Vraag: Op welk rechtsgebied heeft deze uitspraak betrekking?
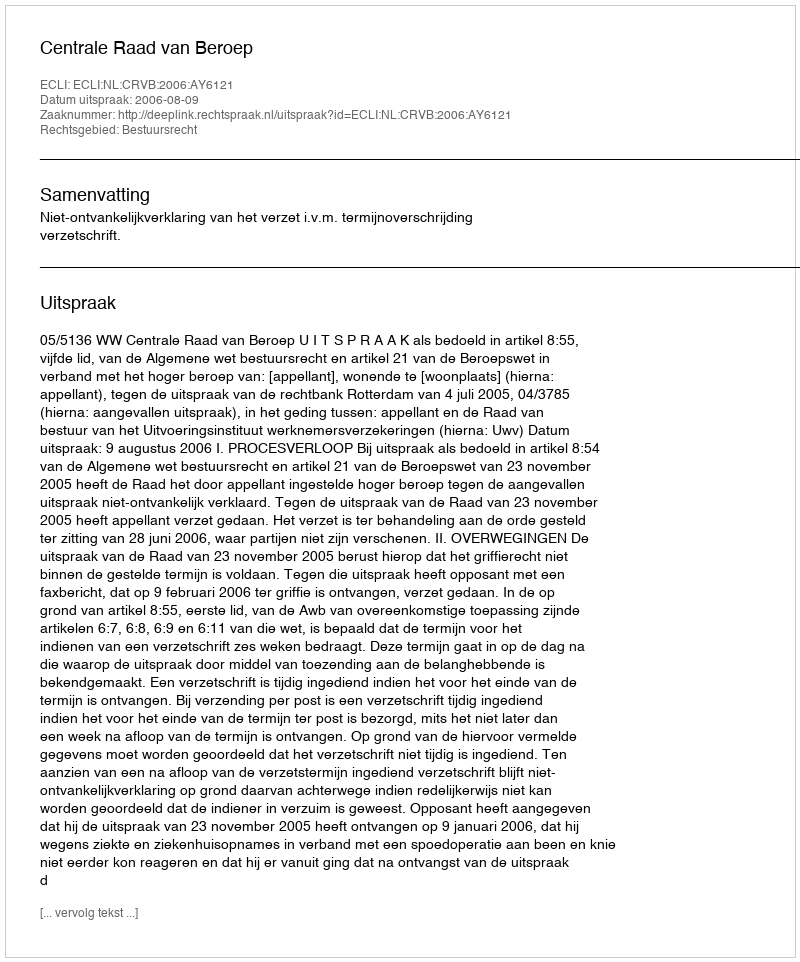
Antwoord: Bestuursrecht